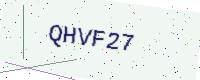
Text: QHVF27